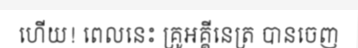
ហើយ! ពេលនេះ គ្រូអគ្គីនេត្រ បានចេញ